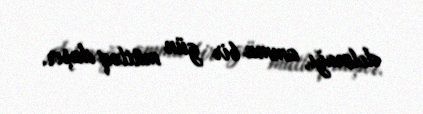
dolmağı, amma bir gün mütləq daşır.